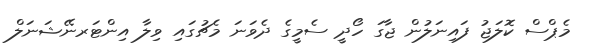
މެޕްސް ކޮލަޖު ފައިނަލުން ޖާގަ ހޯދީ ސެމީގެ ދެވަނަ މެޗުގައި ވިލާ އިންޓަރނޭޝަނަލް